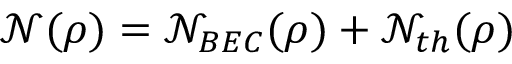
\mathcal { N } ( \rho ) = \mathcal { N } _ { B E C } ( \rho ) + \mathcal { N } _ { t h } ( \rho )